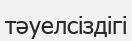
тәуелсіздігі